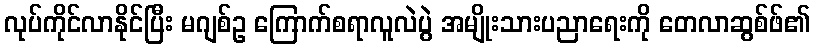
လုပ်ကိုင်လာနိုင်ပြီး မဂျစ်ဥ ကြောက်စရာလူလဲပွဲ အမျိုးသားပညာရေးကို တေလာဆွစ်ဖ်၏